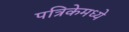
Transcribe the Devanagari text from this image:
पत्रिकेमध्ये